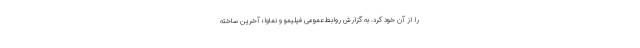
را از آن خود کرد. به گزارش روابط عمومی فیلیمو و نماوا؛ آخرین ساخته